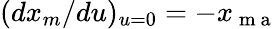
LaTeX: (dx_{m}/du)_{u=0}=-x_{\mathrm{~m~a~}}